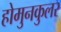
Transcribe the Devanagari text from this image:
होमुनकुलर